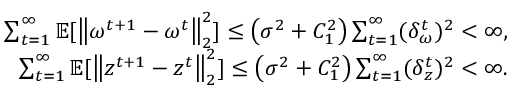
\begin{array} { r } { \sum _ { t = 1 } ^ { \infty } \mathbb { E } [ \left\| \omega ^ { t + 1 } - \omega ^ { t } \right\| _ { 2 } ^ { 2 } ] \leq \left( \sigma ^ { 2 } + C _ { 1 } ^ { 2 } \right) \sum _ { t = 1 } ^ { \infty } ( \delta _ { \omega } ^ { t } ) ^ { 2 } < \infty , } \\ { \sum _ { t = 1 } ^ { \infty } \mathbb { E } [ \left\| z ^ { t + 1 } - z ^ { t } \right\| _ { 2 } ^ { 2 } ] \leq \left( \sigma ^ { 2 } + C _ { 1 } ^ { 2 } \right) \sum _ { t = 1 } ^ { \infty } ( \delta _ { z } ^ { t } ) ^ { 2 } < \infty . } \end{array}